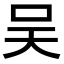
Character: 吴